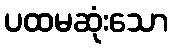
ပထမဆုံးသော